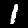
Digit: 1